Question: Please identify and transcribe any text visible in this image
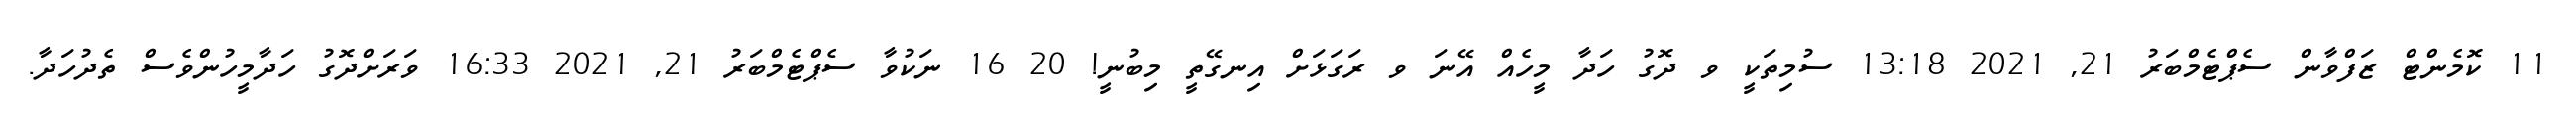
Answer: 11 ކޮމެންޓް ޒަފްވާން ސެޕްޓެމްބަރު 21, 2021 13:18 ސުމިތަކީ ވ ދޮގު ހަދާ މީހެއް އޭނަ ވ ރަގަޅަށް އިނގޭތީ މިބުނީ! 20 16 ނަކުވާ ސެޕްޓެމްބަރު 21, 2021 16:33 ވަރަށްދޮގު ހަދާމީހުންވެސް ތެދުހަދާ.